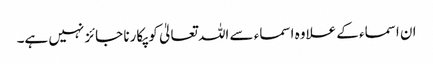
ان اسماء کے علاوہ اسماء سے اللہ تعالیٰ کو پکارنا جائز نہیں ہے۔